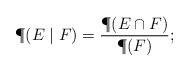
LaTeX: \begin{align*}\P(E\mid F)=\frac{\P(E\cap F)}{\P(F)};\end{align*}